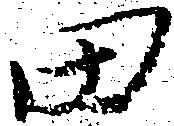
田